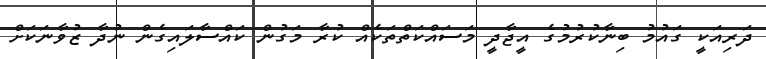
ދަރިއަކީ ގައުމު ބިނާކުރުމުގެ އީޖާދީ މަސައްކަތްތަކެއް ކުރާ މަގުން ކައްސާލައިގެން ނުދާ ޒުވާނަކަށް